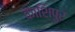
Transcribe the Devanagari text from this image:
काशिपुर